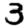
Digit: 3